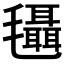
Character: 𣰼